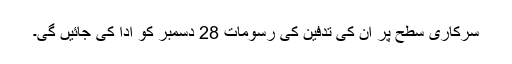
سرکاری سطح پر ان کی تدفین کی رسومات 28 دسمبر کو ادا کی جائیں گی۔